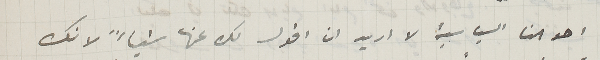
احوالنا السياسية لا اريد ان اقول لك عنها شياءً لانك